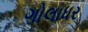
ગોલાધર